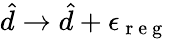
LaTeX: \hat{d}\to\hat{d}+\epsilon_{\mathrm{~r~e~g~}}